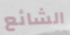
الشائع